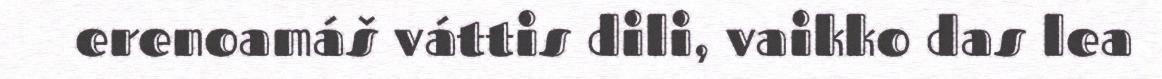
erenoamáš váttis dili, vaikko das lea